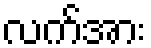
လက်အား